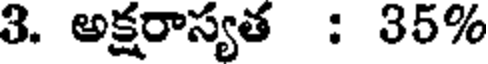
3. అక్షరాస్యత : 35%